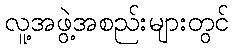
လူ့အဖွဲ့အစည်းများတွင်